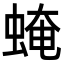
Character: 𧌄